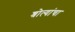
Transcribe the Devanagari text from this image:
श्रोत्यांचा